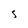
Character: S